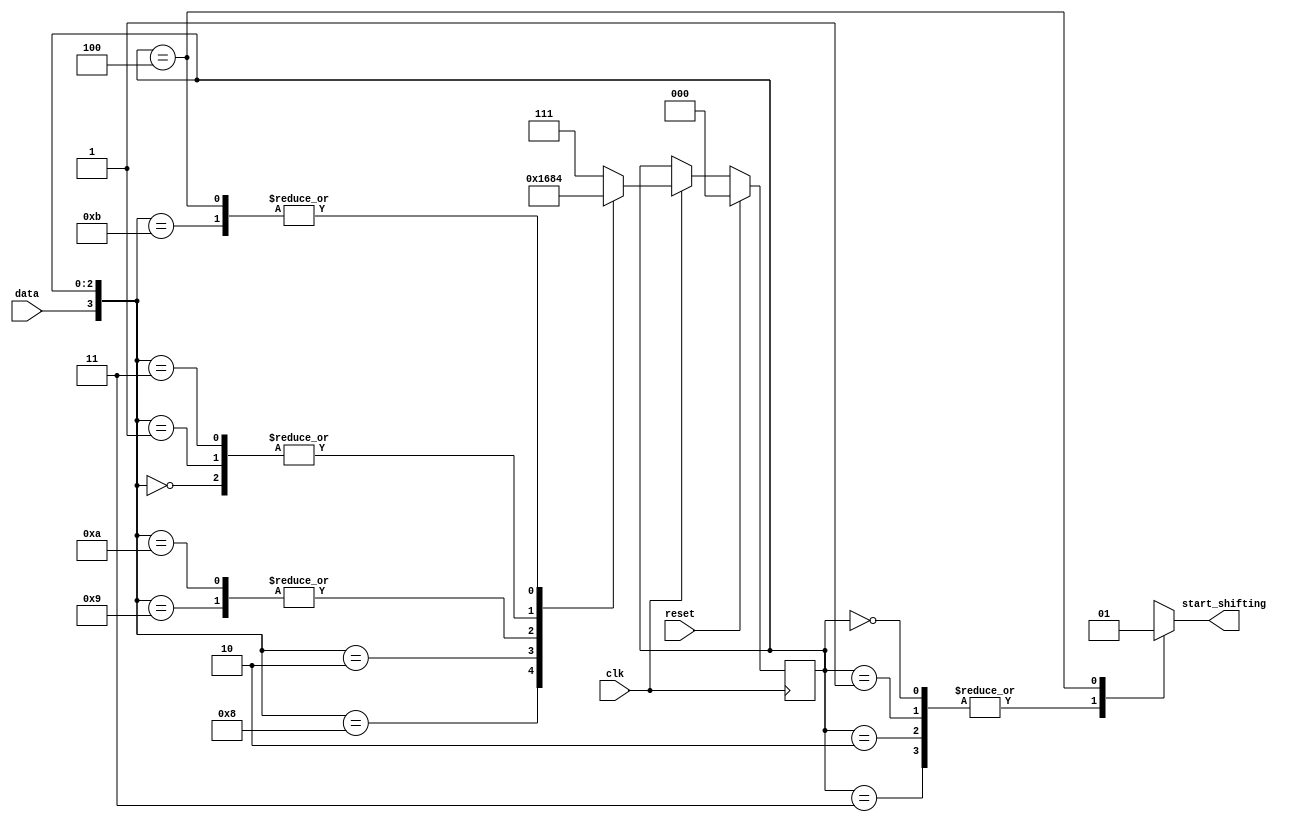
/*

Copyright 2022 Marc Ketel
SPDX-License-Identifier: Apache-2.0

*/

`default_nettype none

module top_module (
    input  wire clk,
    input  wire reset,
    input  wire data,
    output reg  start_shifting
);

  parameter STATE_X0 = 3'b000;
  parameter STATE_X1 = 3'b001;
  parameter STATE_X2 = 3'b010;
  parameter STATE_X3 = 3'b011;
  parameter STATE_F0 = 3'b100;
  parameter STATE_ILLEGAL = 3'b111;

  reg [2:0] state = STATE_X0, next_state = STATE_X0;

  //Determine next state.
  always @(*) begin
    casez ({
      data, state
    })
      {1'b0, STATE_X0} : next_state = STATE_X0;
      {1'b1, STATE_X0} : next_state = STATE_X1;
      {1'b0, STATE_X1} : next_state = STATE_X0;
      {1'b1, STATE_X1} : next_state = STATE_X2;
      {1'b0, STATE_X2} : next_state = STATE_X3;
      {1'b1, STATE_X2} : next_state = STATE_X2;
      {1'b0, STATE_X3} : next_state = STATE_X0;
      {1'b1, STATE_X3} : next_state = STATE_F0;
      {1'bz, STATE_F0} : next_state = STATE_F0;
      default: next_state = STATE_ILLEGAL;
    endcase
  end

  //State transition.
  always @(posedge clk) begin
    if (reset) state <= STATE_X0;
    else if (clk) state <= next_state;
  end

  //Determine output.
  always @(*) begin
    case (state)
      STATE_X0, STATE_X1, STATE_X2, STATE_X3: start_shifting = 1'b0;
      STATE_F0: start_shifting = 1'b1;
      default: start_shifting = 1'bx;
    endcase
  end

endmodule